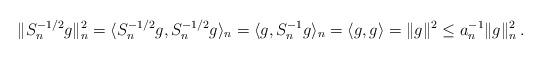
LaTeX: \begin{align*}\|S_n^{-1/2} g\|_n^2 = \langle S_n^{-1/2} g,S_n^{-1/2}g\rangle_n = \langle g,S_n^{-1}g\rangle_n = \langle g,g\rangle=\|g\|^2\leq a_n^{-1}\|g\|_n^2 \, .\end{align*}